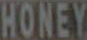
HONEY